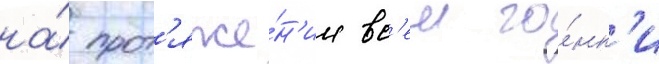
на́ прот'яже́н'ии вс'еи го́нк'и